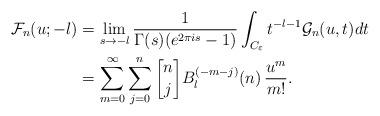
LaTeX: \begin{align*}\mathcal{F}_n(u;-l)&=\lim_{s\to -l}\frac{1}{\Gamma(s)(e^{2\pi i s}-1)}\int_{C_\varepsilon} t^{-l-1}\mathcal{G}_n(u,t)dt \\&=\sum_{m=0}^\infty\sum_{j=0}^{n}{n \brack j} B_l^{(-m-j)}(n)\,\frac{u^m}{m!}. \end{align*}